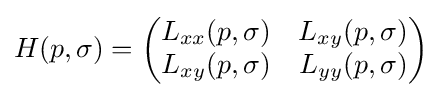
H(p,\sigma )={\begin{pmatrix}L_{xx}(p,\sigma )&L_{xy}(p,\sigma )\\L_{xy}(p,\sigma )&L_{yy}(p,\sigma )\end{pmatrix}}